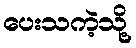
ပေးသကဲ့သို့